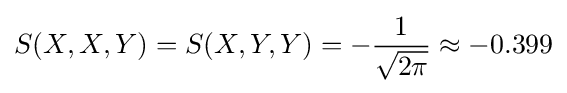
S(X,X,Y)=S(X,Y,Y)=-{\frac {1}{\sqrt {2\pi }}}\approx -0.399